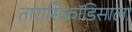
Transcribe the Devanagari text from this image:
तारासिकॉडिसाला